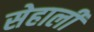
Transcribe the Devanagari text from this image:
सेहाली